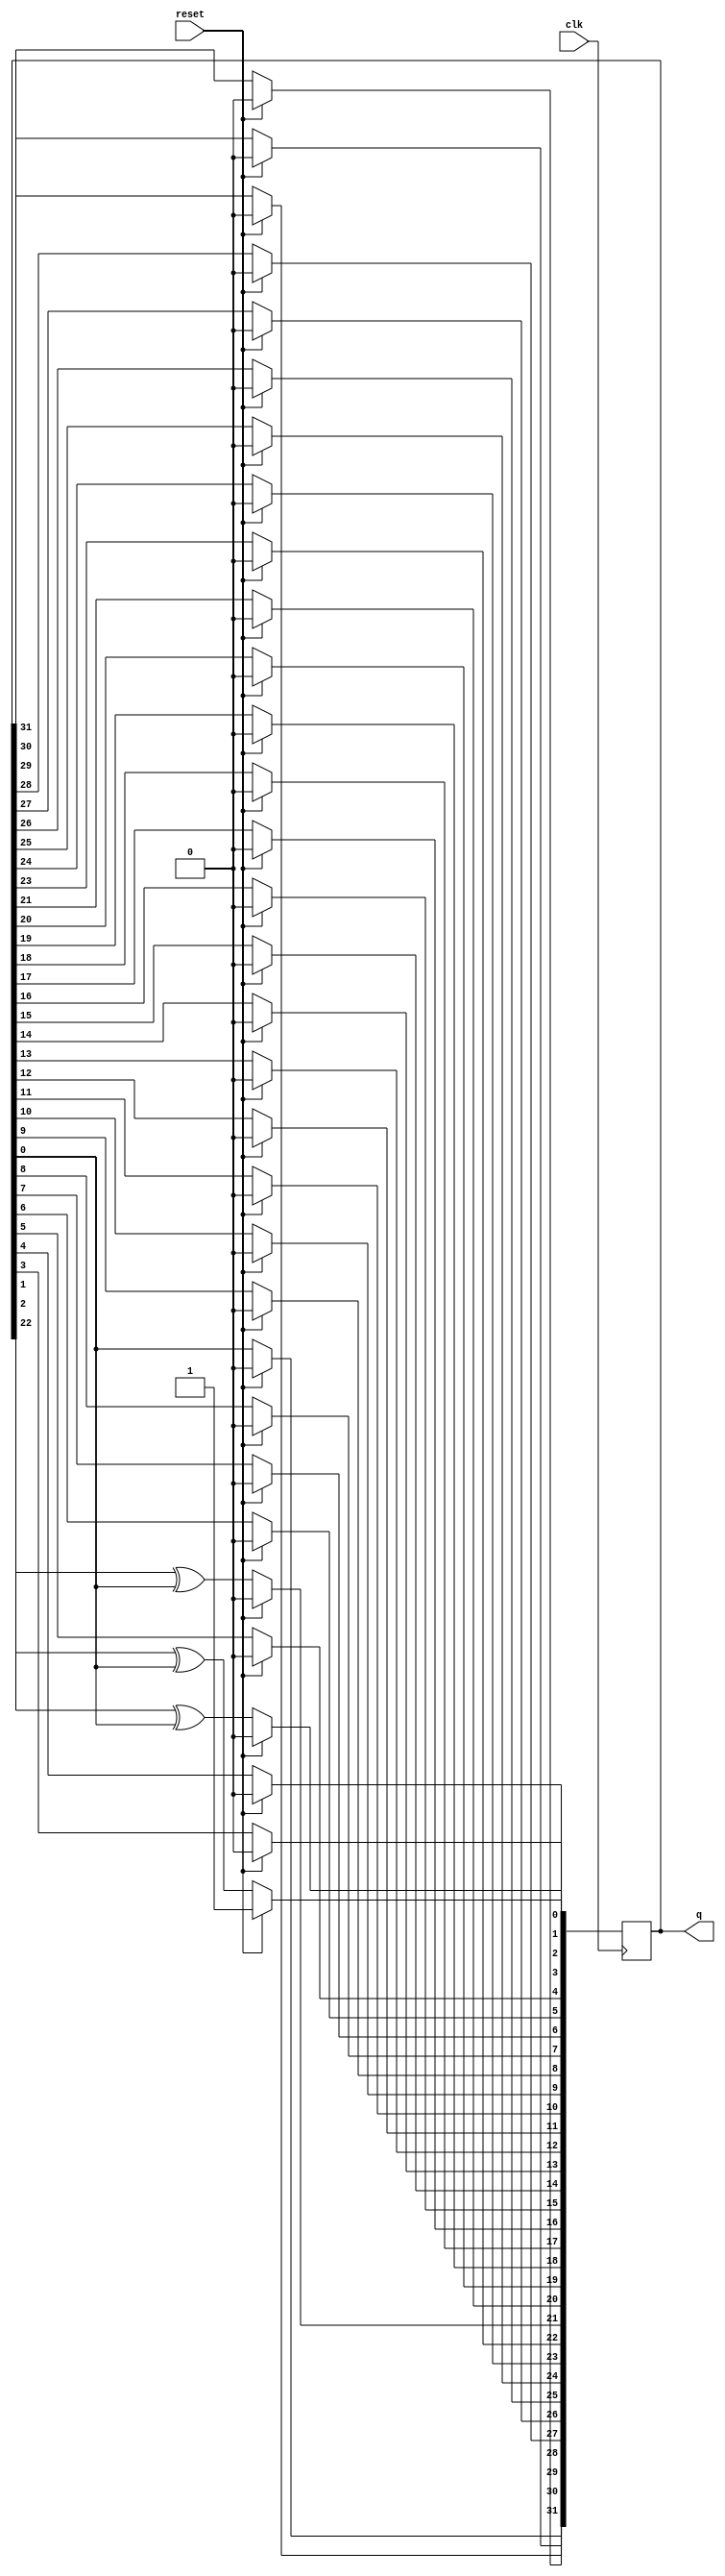
module top_module(
    input clk,
    input reset,    // Active-high synchronous reset to 32'h1
    output [31:0] q
); 
    integer i;
    always @ (posedge clk) begin
        if (reset) q <= 32'h1;
        else begin
            for (i = 1; i <= 32; i = i + 1) begin
                if (i == 32) q[i-1] <= 1'b0 ^ q[0];
                else if (i == 22 || i == 2 || i == 1) begin
                    q[i-1] <= q[i] ^ q[0];
                end else
                    q[i-1] <= q[i];
            end
        end
    end

endmodule